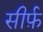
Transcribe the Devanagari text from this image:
सीर्फ़